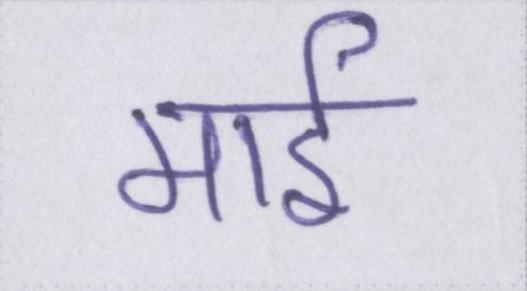
माई